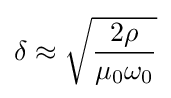
\delta \approx {\sqrt {\frac {2\rho }{\mu _{0}\omega _{0}}}}